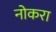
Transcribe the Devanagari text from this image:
नोकरा